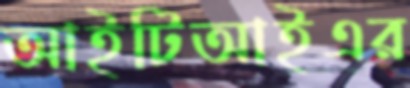
আইটিআইএর